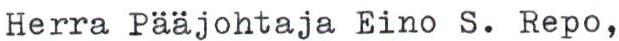
Herra Pääjohtaja Eino S. Repo,